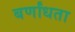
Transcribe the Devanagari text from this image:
बर्णांधता